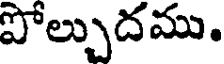
పోల్చుదము.